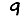
Digit: 9